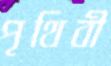
পৃথিবী